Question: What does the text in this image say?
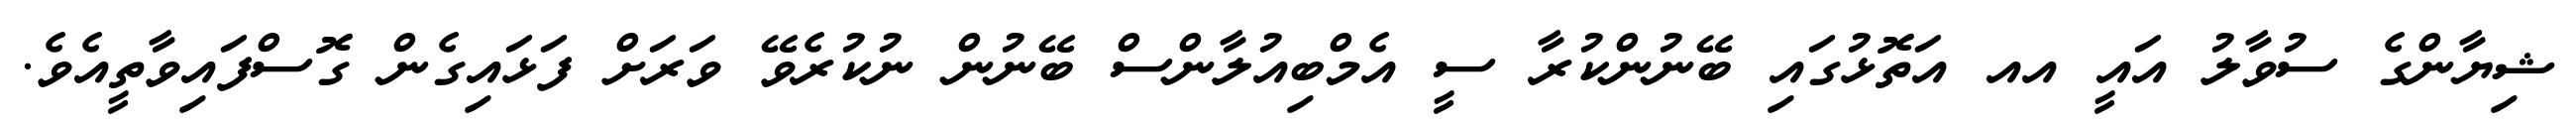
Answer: ޝިޔާންގެ ސުވާލު އައީ އއ އަތޮޅުގައި ބޭނުންކުރާ ސީ އެމްބިއުލާންސް ބޭނުން ނުކުރެވޭ ވަރަށް ފަޅައިގެން ގޮސްފައިވާތީއެވެ.